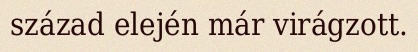
század elején már virágzott.